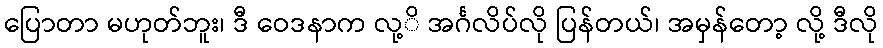
ပြောတာ မဟုတ်ဘူး၊ ဒီ ဝေဒနာက လု့ိ အင်္ဂလိပ်လို ပြန်တယ်၊ အမှန်တော့ လို့ ဒီလို